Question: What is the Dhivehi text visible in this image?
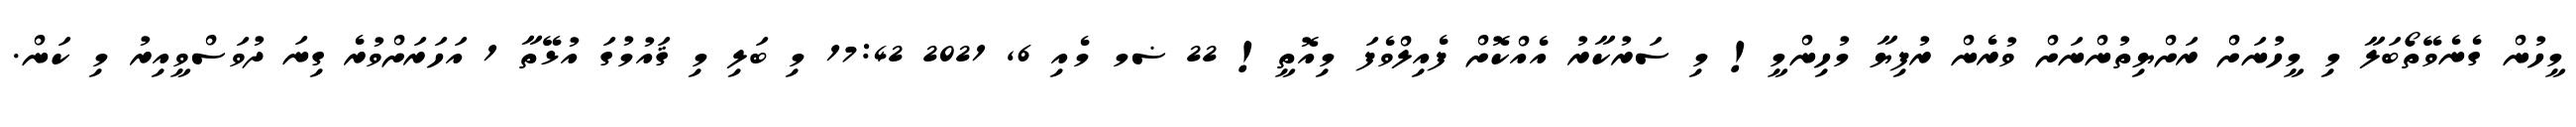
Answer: މީހުން ގެނެވޭތޯބަލާ މި މީހުނަށް ރަށްޔިތުންނަށް ވުރެން ރުފިޔާ މުހިންމީ! މި ސަރުކާރު އެއްކޮށް ފެއިލްވެފަ މިއޮތީ! 22 ޟމ މެއި 6, 2021 17:42 މި ބަލި މި ޤައުމުގަ އުޅޭތާ 1 އަހަރަށްވުރެ ގިނަ ދުވަސްވީއިރު މި ކަން.